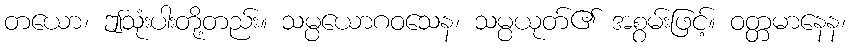
တယော၊ ဤသုံးပါးတို့တည်း။ သမ္ပယောဂဝသေန၊ သမ္ပယုတ်၏ အစွမ်းဖြင့်။ ဝတ္တမာနေန၊